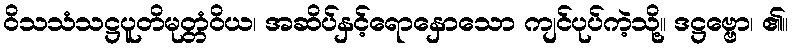
ဝိသသံသဋ္ဌပူတိမုတ္တံဝိယ၊ အဆိပ်နှင့်ရောနှောသော ကျင်ပုပ်ကဲ့သို့။ ဒဋ္ဌဗ္ဗော၊ ၏။